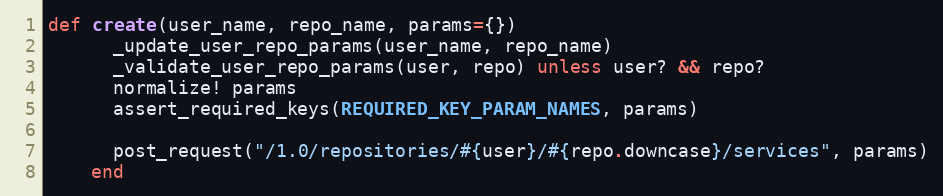
Language: Ruby
def create(user_name, repo_name, params={})
      _update_user_repo_params(user_name, repo_name)
      _validate_user_repo_params(user, repo) unless user? && repo?
      normalize! params
      assert_required_keys(REQUIRED_KEY_PARAM_NAMES, params)

      post_request("/1.0/repositories/#{user}/#{repo.downcase}/services", params)
    end